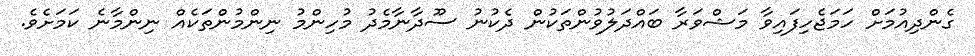
ގެންދިއުމަށް ހަމަޖެހިފައިވާ މަޝްވަރާ ބައްދަލުވުންތަކުން ދެކުނު ސޫދާނާމެދު މުހިންމު ނިންމުންތަކެއް ނިންމާނެ ކަމަށެވެ.